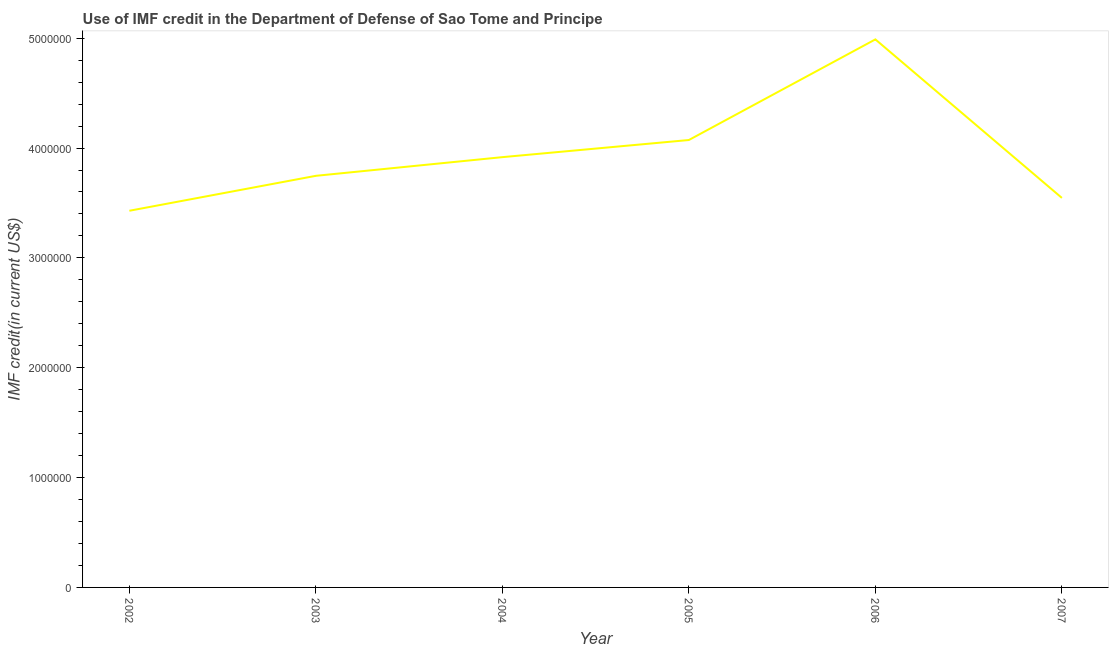
| Year | Use of IMF credit (DOD |
 | --- | --- |
 | 2002 | 3.43e+06 |
 | 2003 | 3.75e+06 |
 | 2004 | 3.92e+06 |
 | 2005 | 4.07e+06 |
 | 2006 | 4.99e+06 |
 | 2007 | 3.55e+06 |